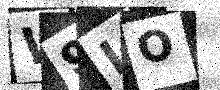
Text: W9IO